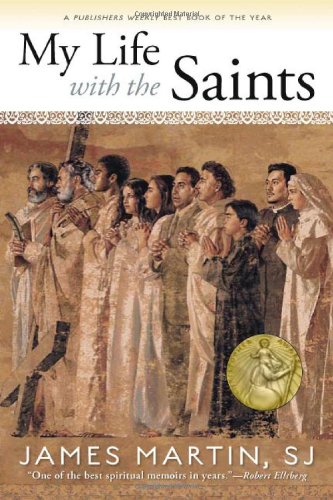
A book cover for My Life with the Saints; James Martin; Biographies & Memoirs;